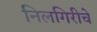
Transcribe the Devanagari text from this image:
निलगिरीचे